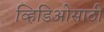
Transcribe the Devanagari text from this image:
व्हिडिओसाठी